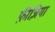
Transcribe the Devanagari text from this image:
फ़ीज़िया